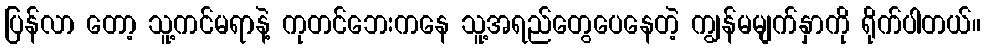
ပြန်လာ တော့ သူ့ကင်မရာနဲ့ ကုတင်ဘေးကနေ သူ့အရည်တွေပေနေတဲ့ ကျွန်မမျက်နှာကို ရိုက်ပါတယ်။